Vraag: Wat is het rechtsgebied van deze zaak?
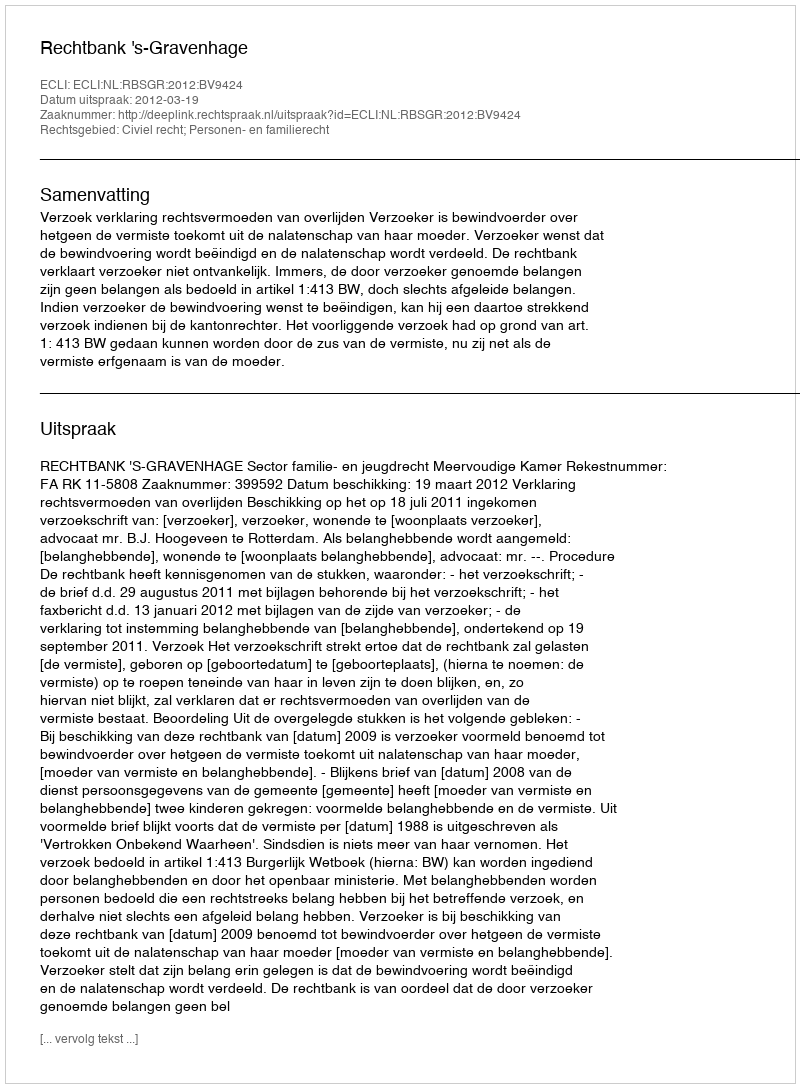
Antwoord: Civiel recht; Personen- en familierecht